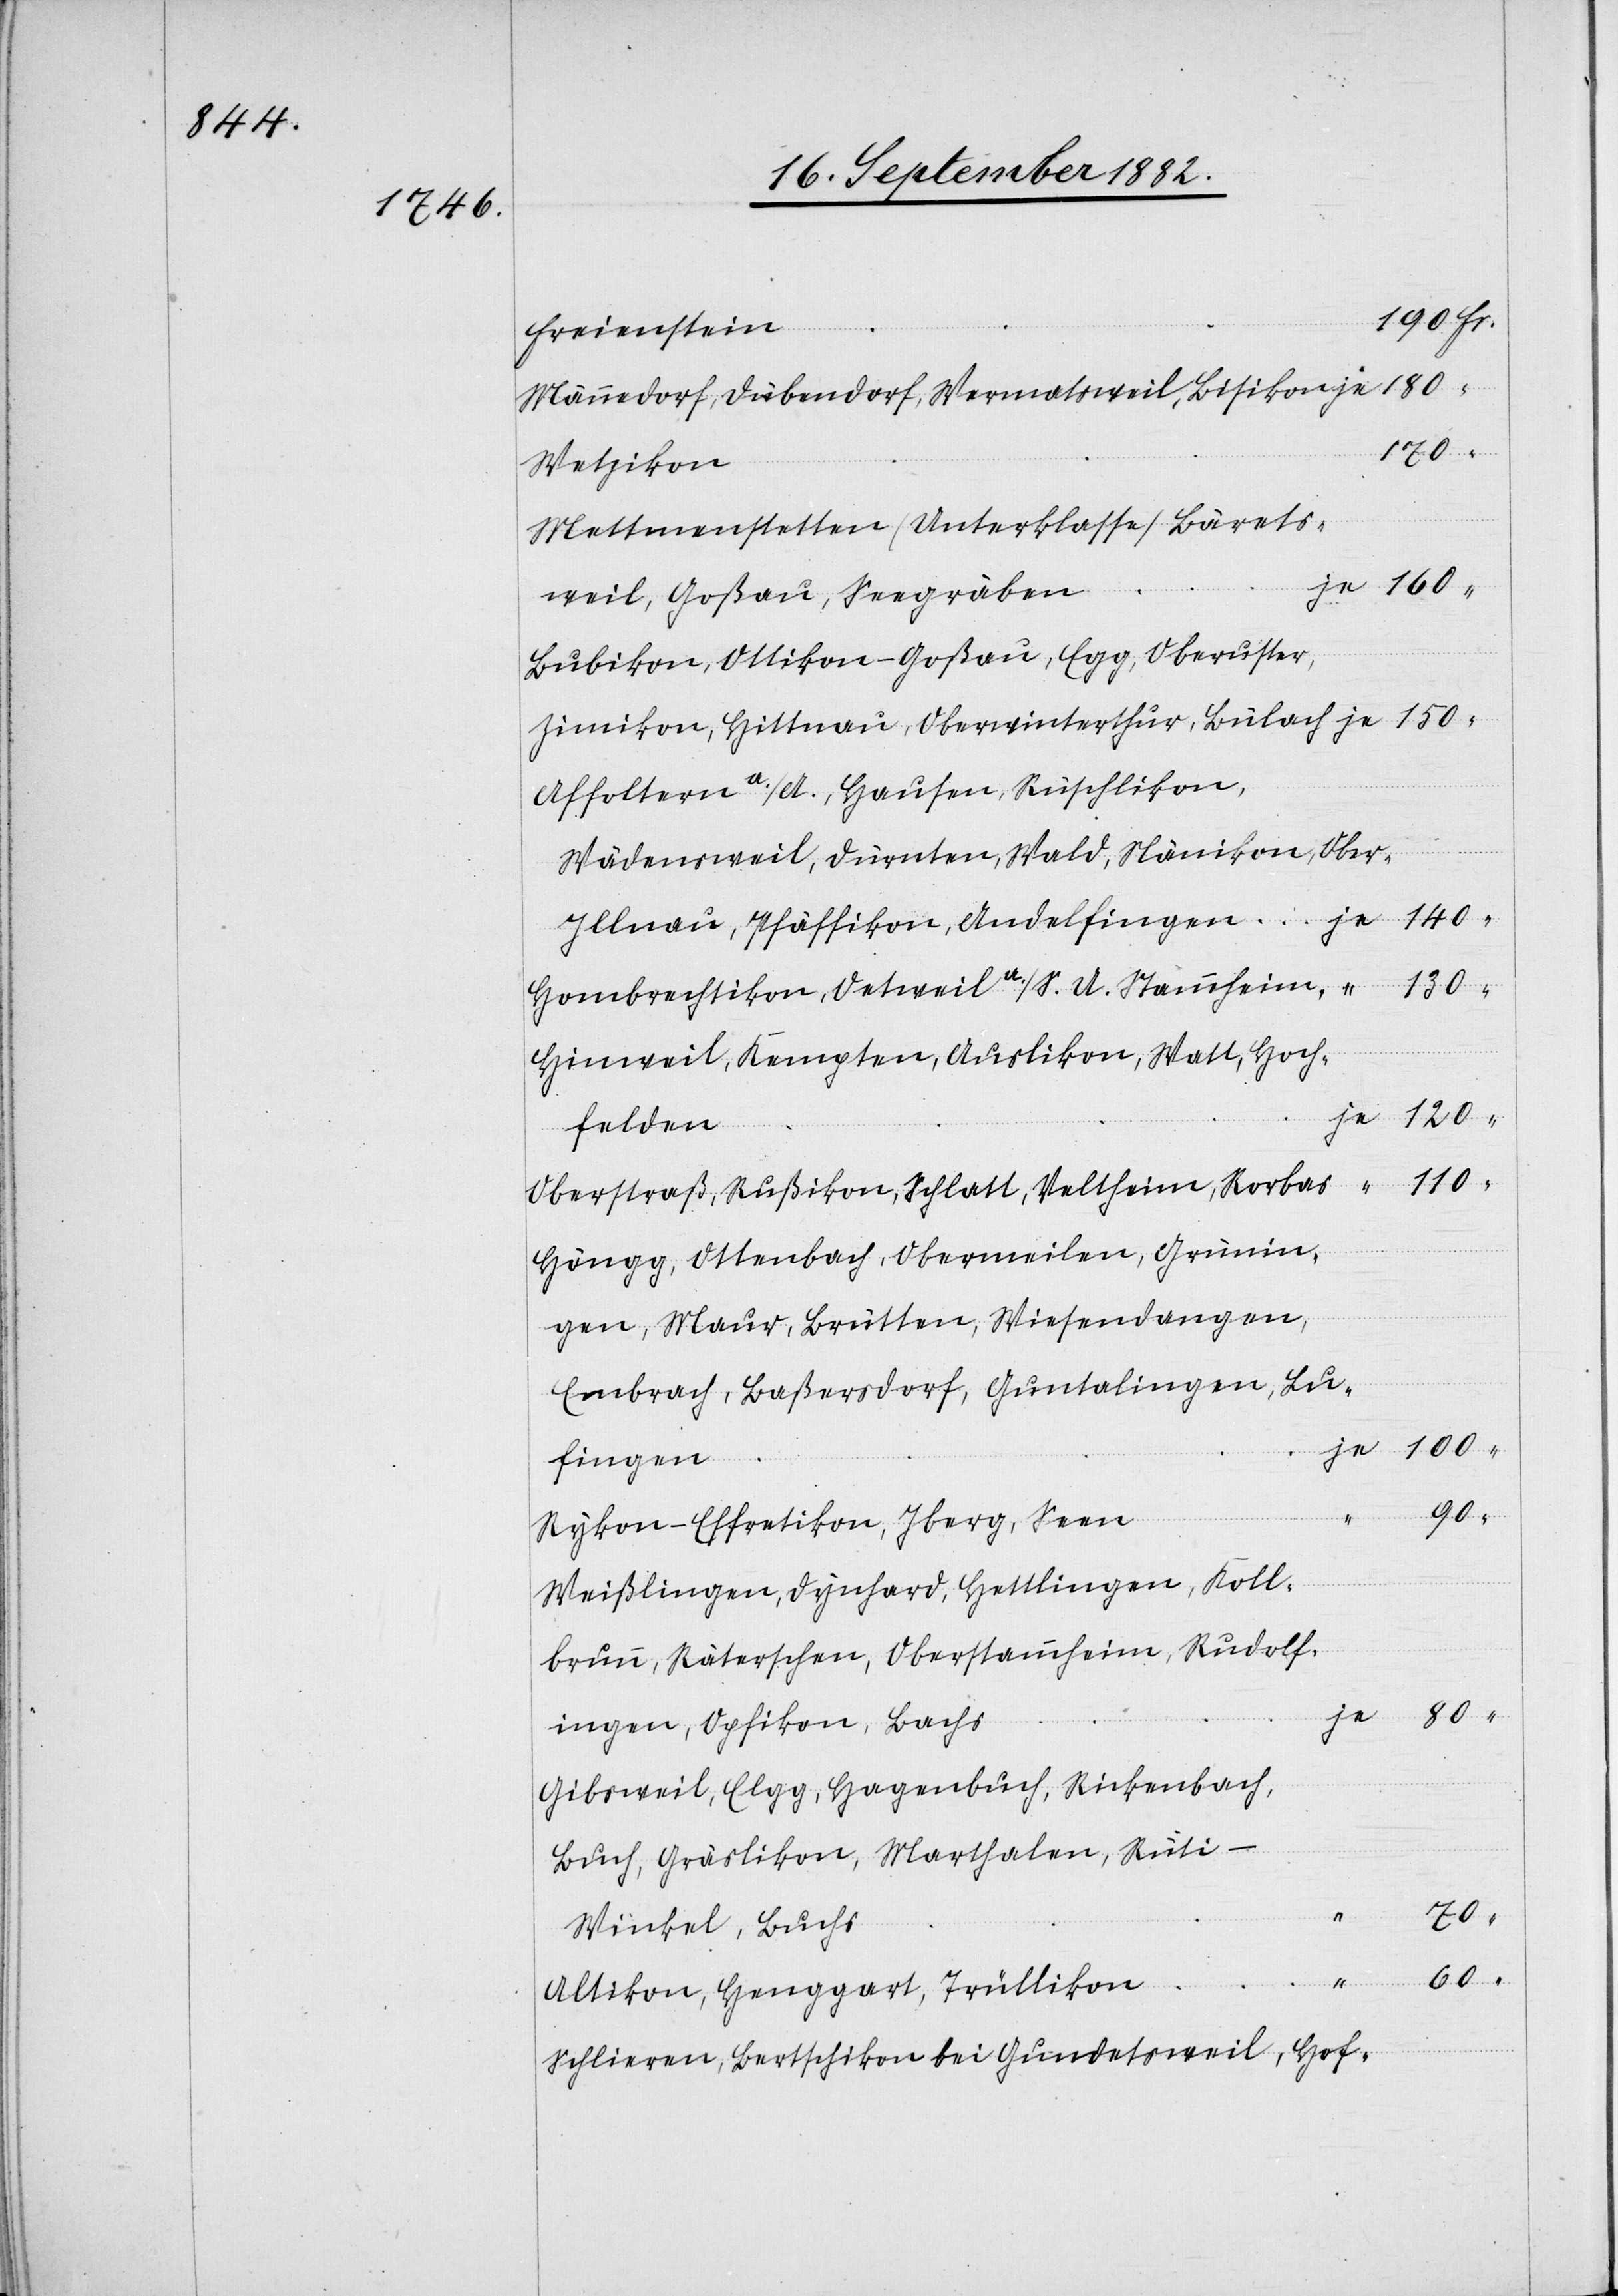
Fr.

Freienstein
Männedorf, Dübendorf, Wermatsweil, Bisikon
180
Wetzikon
Mettmenstetten (Unterklasse), Bärets¬
weil, Goßau, Seegräben
Bubikon, Ottikon-Goßau, Egg, Oberuster,
Zimikon, Hittnau, Oberwinterthur, Bülach
Affoltern a./A., Hausen, Rüschlikon,
Wädensweil, Dürnten, Wald, Nänikon, Ober-I¬
llnau, Pfäffikon, Andelfingen
je
Hombrechtikon, Oetweil a./S., U. Stammheim
Hinweil, Kempten, Auslikon, Watt, Hoch¬
felden
Oberstraß, Rußikon, Schlatt, Veltheim, Rorbas
Höngg, Ottenbach, Obermeilen, Grünin¬
gen, Maur, Brütten Wiesendangen,
Embrach, Baßersdorf, Guntalingen, Lu¬
fingen
100
Rykon-Effretikon, Iberg, Seen
Weißlingen, Dynhard, Hettlingen, Koll¬
brunn, Räterschen, Oberstammheim, Rudolf¬
ingen, Opfikon, Bachs
Gibsweil, Elgg, Hagenbuch, Rickenbach,
Buch, Gräslikon, Marthalen, Rüti -
70
Winkel, Buchs
Altikon, Henggart, Trüllikon
Schlieren, Bertschikon bei Gundetsweil, Hof-